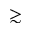
\gtrsim